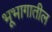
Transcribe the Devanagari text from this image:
भूभागातील